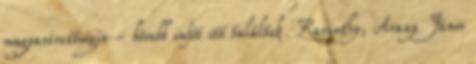
magyarérettségin - bővebb infót itt találtok. Karinthy, Arany János